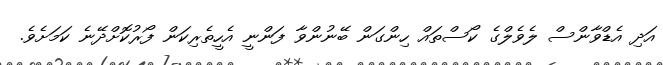
އަދި އެޑްވާންސް ލެވެލްގެ ކޯސްތައް ހިންގަން ބޭނުންވާ ފަންނީ އެހީތެރިކަން ފޯރުކޮށްދޭނެ ކަމަށެވެ.